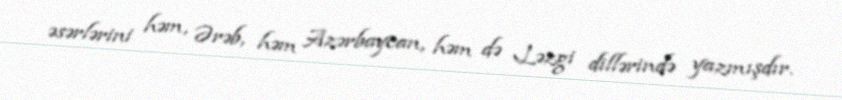
əsərlərini həm, Ərəb, həm Azərbaycan, həm də Ləzgi dillərində yazmışdır.